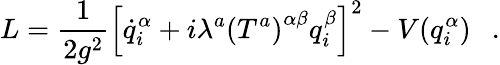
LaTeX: L=\frac{1}{2g^{2}}\left[\dot{q}_{i}^{\alpha}+i\lambda^{a}\left(T^{a}\right)^{\alpha\beta}q_{i}^{\beta}\right]^{2}-V(q_{i}^{\alpha})\ \ \ .